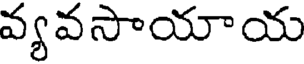
వ్యవసాయాయ